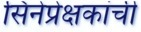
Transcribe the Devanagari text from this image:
सिनेप्रेक्षकांची